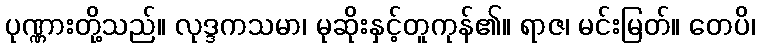
ပုဏ္ဏားတို့သည်။ လုဒ္ဒကသမာ၊ မုဆိုးနှင့်တူကုန်၏။ ရာဇ၊ မင်းမြတ်။ တေပိ၊